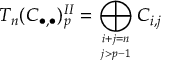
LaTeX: T _ { n } ( C _ { \bullet , \bullet } ) _ { p } ^ { I I } = \bigoplus _ { i + j = n \atop j > p - 1 } C _ { i , j }